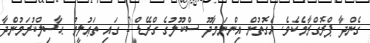
ގެންދާ ޕްރޮގްރާމެކެވެ. އެގޮތުން އިންނަމާދޫ ސްކޫލުގެ ގްރޭޑް 2 ގައި ތަޢުލީމު ޙާސިލްކުރަމުންދާ